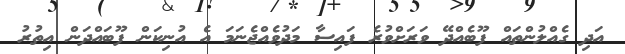
އަދި ގެއްލުންތައް ފޫބެއްދޭ ވަރަށްވުރެ ފައިސާ މަދުވެއްޖެނަމަ އެ އުނިކަން ފޫބައްދަން އިތުރު